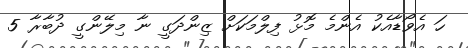
ހަ އެވޯޑާއެކު އެންމެ މޮޅު ފިލްމަކަށް ޒިންދަގީ ނާ މިލޭންގީ ދުބާރާ 5